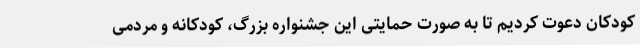
کودکان دعوت کردیم تا به صورت حمایتی این جشنواره بزرگ، کودکانه و مردمی